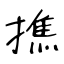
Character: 撨